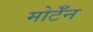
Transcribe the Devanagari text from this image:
मोर्टॅन